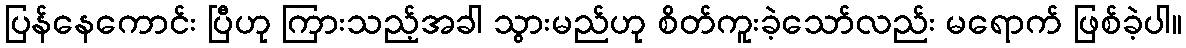
ပြန်နေကောင်း ပြီဟု ကြားသည့်အခါ သွားမည်ဟု စိတ်ကူးခဲ့သော်လည်း မရောက် ဖြစ်ခဲ့ပါ။